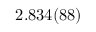
2 . 8 3 4 ( 8 8 )